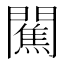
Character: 𨶲